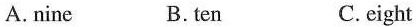
A.nine B.ten C.eight